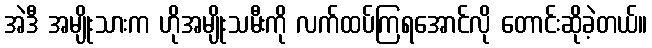
အဲဒီ အမျိုးသားက ဟိုအမျိုးသမီးကို လက်ထပ်ကြရအောင်လို တောင်းဆိုခဲ့တယ်။